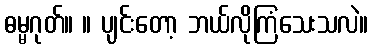
ဓမ္မဂုတ်။ ။ ပျင်းတော့ ဘယ်လိုကြံသေးသလဲ။